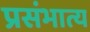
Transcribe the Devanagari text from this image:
प्रसंभात्य